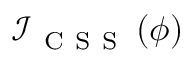
\mathcal { I } _ { \mathrm { ~ C ~ S ~ S ~ } } \left( \phi \right)